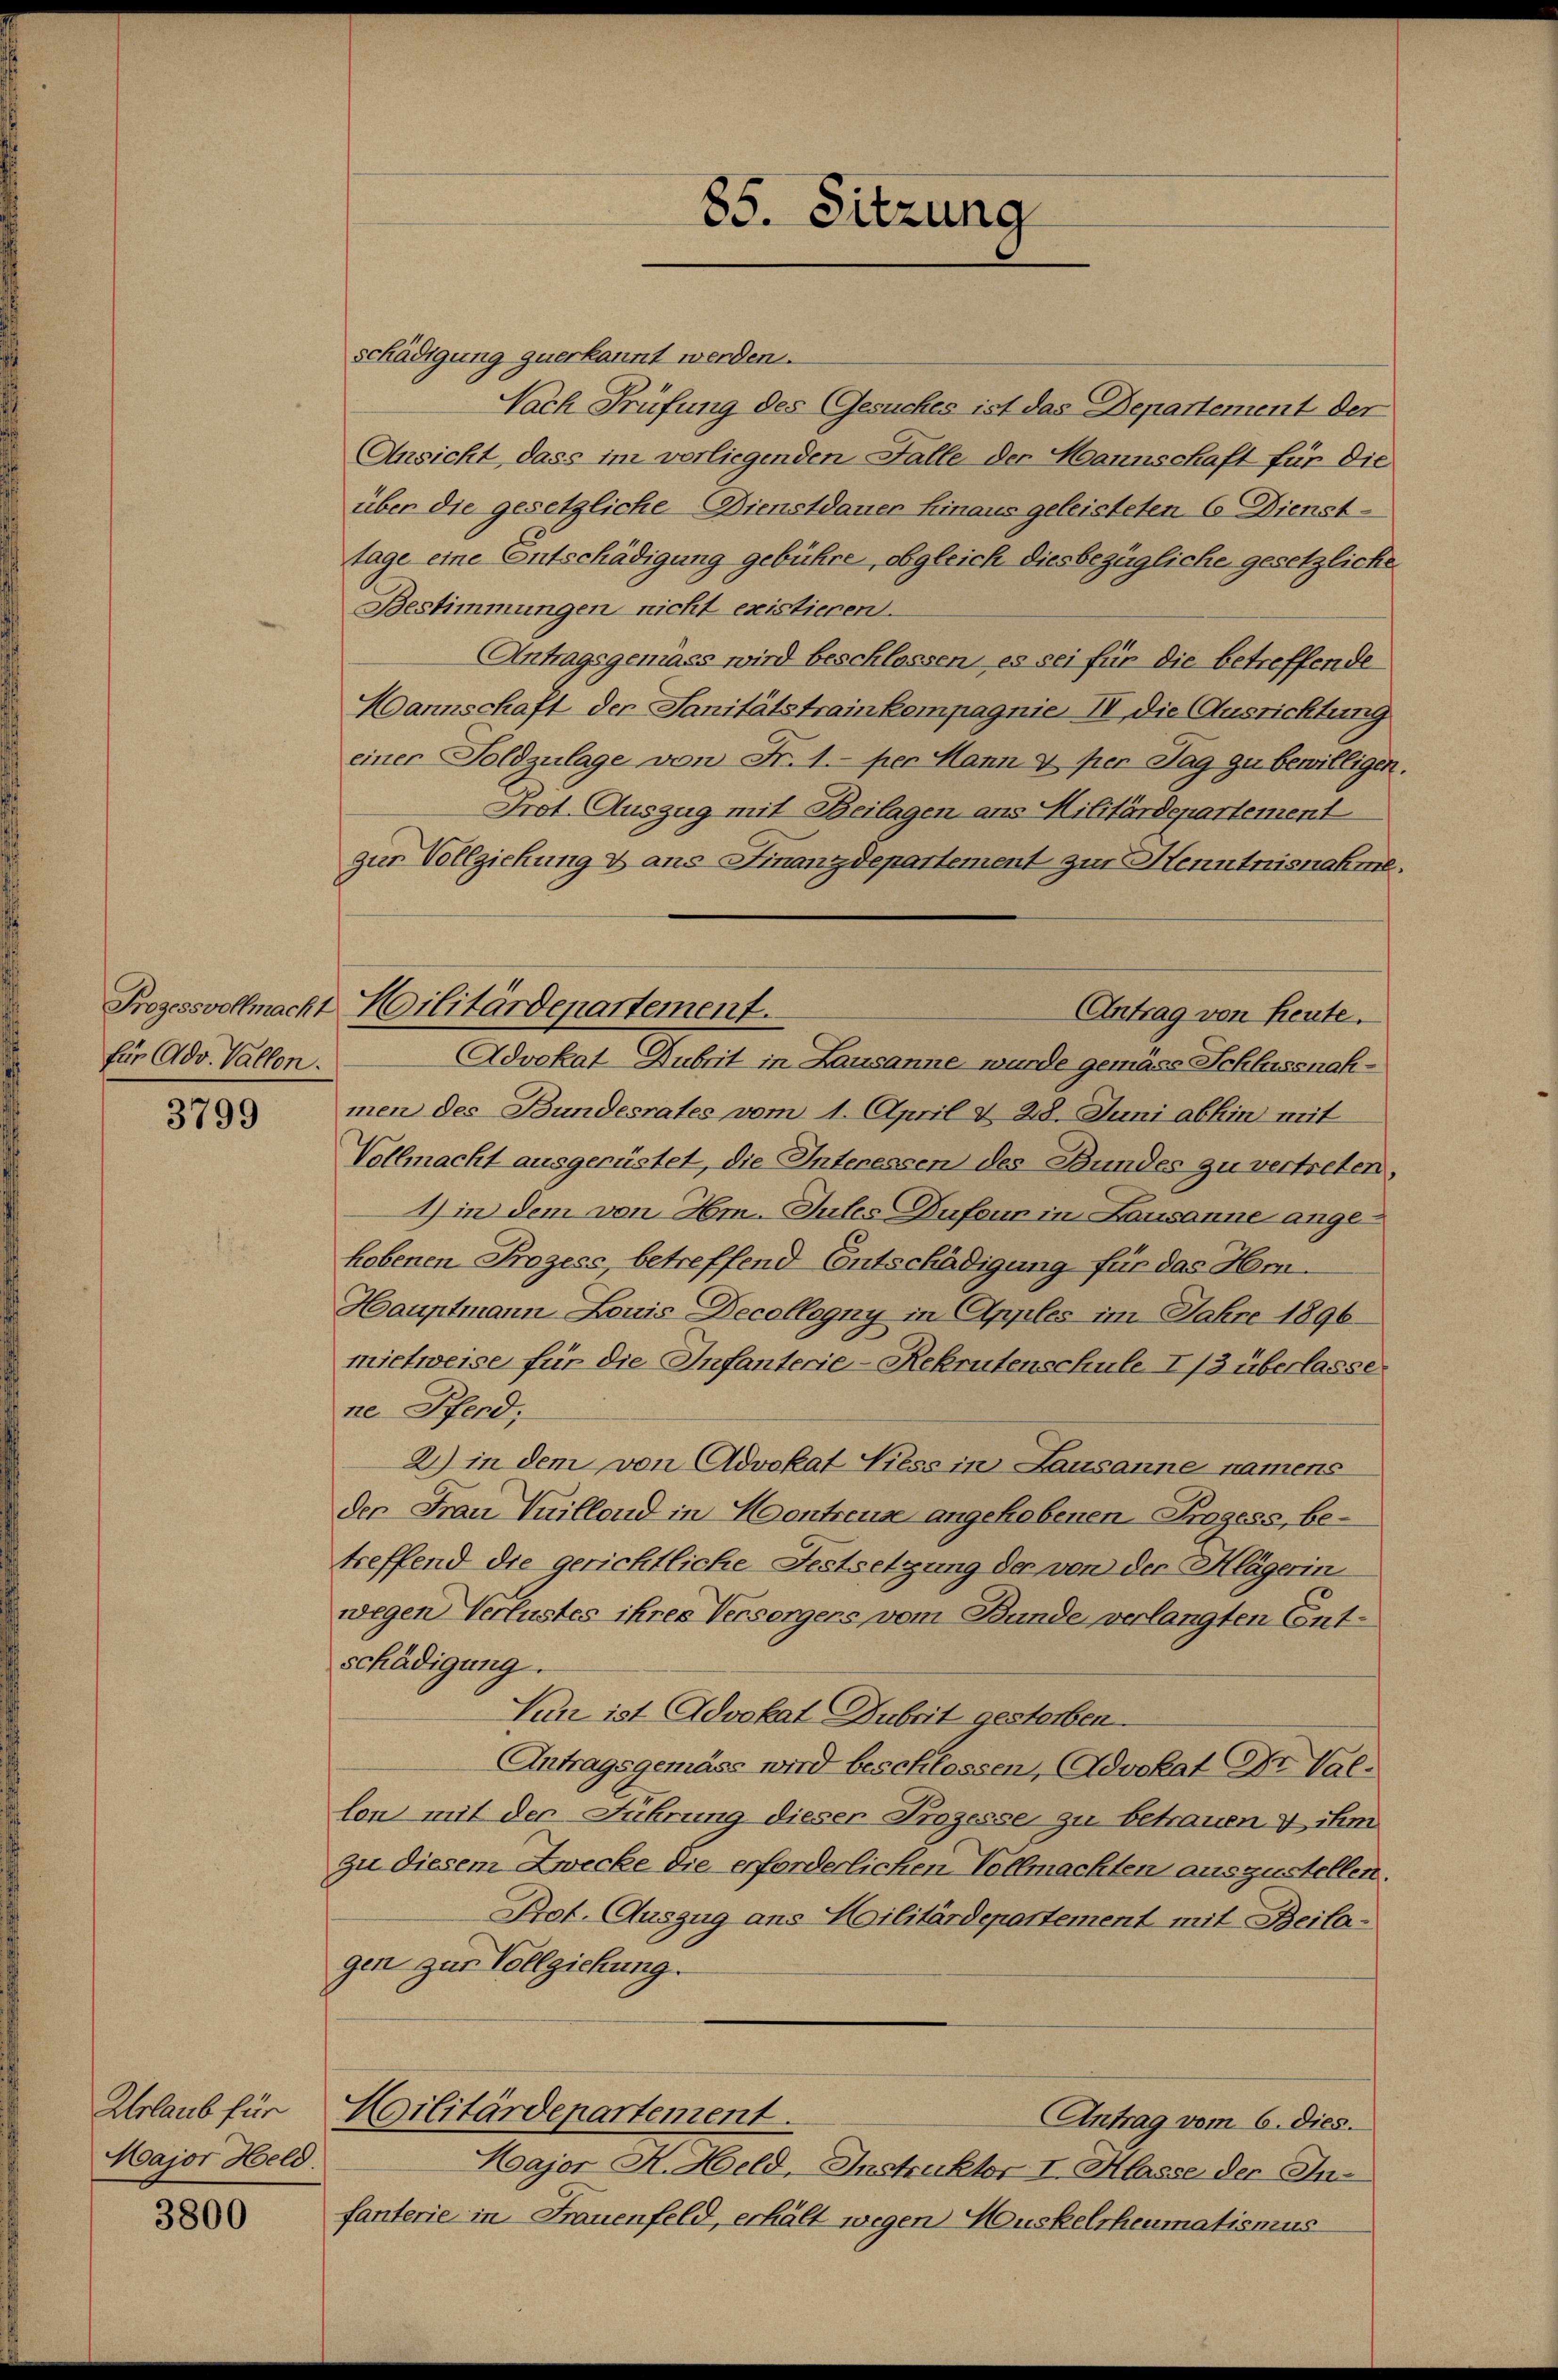
für Adv. Vallen.

3799

Urlaub für
Major Held.

3800

schädigung zuerkannt werden.
Nach Prüfung des Gesuches ist das Departement der
Ansicht, dass im vorliegenden Falle der Mannschaft für die
über die gesetzliche Dienstdauer hinaus geleisteten 6. Dienst-
tage eine Entschädigung gebühre, obgleich diesbezügliche gesetzliche
Bestimmungen nicht existieren.
Antragsgemäss wird beschlossen, es sei für die betreffende
Hannschaft der Sanitätstrainkompagnie I die Ausrichtung
einer Soldzulage von Fr. 1.- per Mann & per Tag zu bewilligen.
Prot. Auszug mit Beilagen ans Militärdepartement
zur Vollziehung & ans Finanzdepartement zur Henntnisnahme
Advokat Dubrit in Lausanne wurde gemäss Schlussnahmen des Bundesrates vom 1. April v. 28. Juni abhin mit
Vollmacht ausgerüstet, die Interessen des Bundes zu vertreten,
4) in dem von Hm-Gutes Dufour in Lausanne angehobenen Prozess, betreffend Entschädigung für das Hin¬
Hauptmann Louis Decollogny in Apples im Jahre 1896
mietweise für die Infanterie-Rekrutenschule 1/3 überlasse.
ne Pferd,
2) in dem von Advokat Niess in Lausanne namens
der Frau Vuillend in Hontreuse angehobenen Prozess, betreffend die gerichtliche Festsetzung der von der Klägerin
wegen Verlustes ihres Versorgers vom Bunde verlangten Entschädigung.
Nun ist Advokat Dubrit gestorben.
Antragsgemäss wird beschlossen, Advokat Dr. Val-
lon mit der Führung dieser Prozesse zu betrauen & ihm
zu diesem Zwecke die erforderlichen Vollmachten auszustellen.
Prot. Auszug aus Militärdepartement mit Beilagen zur Vollziehung.
Militärdepartement.
Antrag vom 6. dies.
Major A. Held, Instruktor I. Klasse der Infanterie in Frauenfeld, erhält wegen Muskelrheumatismus

Prozessvollmacht Militärdepartement.

85. Sitzung

Antrag von Heute.